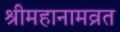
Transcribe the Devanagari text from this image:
श्रीमहानामव्रत